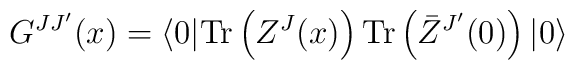
G^{JJ'}(x)=\langle 0| {\rm Tr} \left(  Z^J(x) \right){\rm Tr} \left(  \bar Z^{J'}(0) \right)|0\rangle